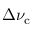
\Delta \nu _ { \mathrm { c } }